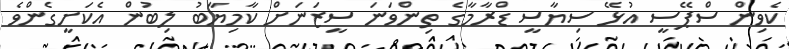
ކެވިން ސްޕޭސީ އުޅޭ ސިޔާސީ ޑްރާމާގެ ތިންވަނަ ސީޒަނަށް ކާމިޔާބު ލިބުން އެކަށީގެންވެ